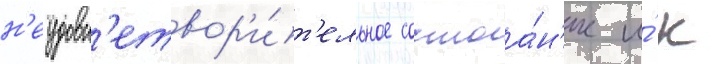
н'еудовл'етвор'и́т'ельное состоа́н'ие и́ к